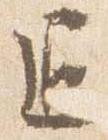
退